King Institute of Preventive Medicine Bacteriolog. Section reports 1907-08
Year: 1907
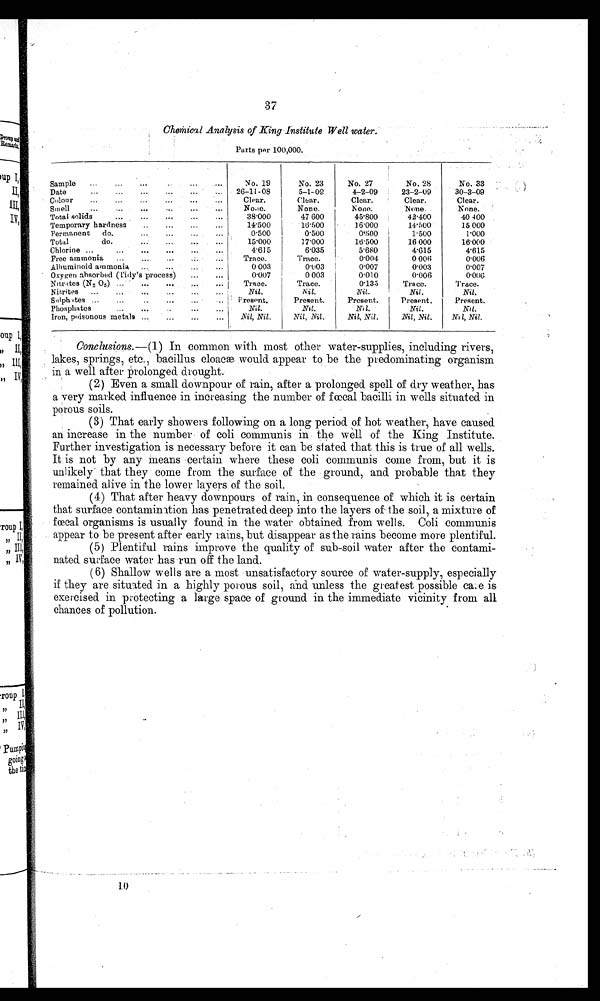
7
Chemical Analysis of King Institute Well water.
Parts per 100,000.
Sample
...
...
Date
...
...
...
...
Colour
...
...
...
Smell
... ... ... ...
Total solids
...
...
...
Temporary hardness
...
Permanent
do.
...
Total
do.
...
...
Chlorine ... ... ...
Free ammonia
...
.
...
Albuminoid ammonia
...
Oxygen absorbed (Tidy's proces s)
Nitrates (N 2 O 5) ...
...
...
Nitrites
...
...
...
...
Sulphates ...
...
..
...
Phosphates
...
...
..
Iron, poisonous metals ...
...
...
...
. . .
...
...
...
. . .
. . .
...
. . .
...
...
...
...
...
...
...
...
...
. . .
. . .
...
...
. . .
...
...
No. 19
26-11-08
Clear.
None.
38.000
14.500
0.500
15.000
4 . 6 1 5
Trace.
0.003
0.007
Trace.
Nil.
Present. .
Nil.
Nil, Nil.
No. 23
5-1-09
Clear.
None.
47.600
16 . 500
0.500
1 7 . 0 0 0
6.035
Trace.
0 . 0 0 3
0 003
Trace.
N i l .
Present.
Nil.
Nil, Nit.
No. 27
4-2-09
Clear.
None.
4 5 . 8 0 0
16.000
0'500
1 6 . 5 0 0
5.680
0.004
0.007
0.010
0.135
Nit.
Present.
Nil.
Nil, Nil.
No. 28
23-2-09
Clear.
:None.
42.400
14.500
1.500
16 000
4.615
0 00l
0.003
0.006
Trace.
Nil.
Present.
Nil.
Nil, Nil.
No. 33
30-3-09
Clear.
None.
40 400
15 000
1.000
16.000
4.615
0.006
0.007
0.006
Trace.
Nil.
Present.
Nil.
Nil, Nil.
Conclusions.—(1) In common with most other water-supplies, including rivers,
l
lakes, springs, etc., bacillus cloacæ would appear to be the predominating organism
ii
n a well after prolonged drought.
(2) Even a small downpour of rain, after a prolonged spell of dry weather, has
a very marked influence in increasing the number of fœcal bacilli in wells situated in
porous soils.
(3) That early showers following on a long period of hot weather, have caused
an increase in the number of soli communis in the well of the King Institute.
Further investigation is necessary before it can be slated that this is true of all wells.
It is not by any means certain where these soli communis come from, but it is
unlikely that they come from the surface of the ground, and probable that they
remained alive in the lower layers of the soil.
(4) That after heavy downpours of rain, in consequence of which it is certain
that surface contamination has penetrated deep into the layers of the soil, a mixture of
fœcal organisms is usually found in the water obtained from wells. Coli communis
appear to be present after early rains, but disappear as the rains become more plentiful.
(5) Plentiful rains improve the quality of sub-soil water after the contami-
nated surface water has run off the land.
(6) Shallow wells are a most unsatisfactory source of water-supply, especially
i
if they are situated in a highly porous soil, and unless the greatest possible care is
exercised in protecting a large space of ground in the immediate vicinity from all
chances of pollution.
10